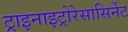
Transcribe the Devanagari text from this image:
ट्राइनाइट्रोरेसासिर्नेट